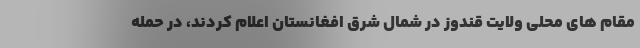
مقام های محلی ولایت قندوز در شمال شرق افغانستان اعلام کردند، در حمله